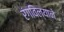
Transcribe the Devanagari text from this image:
रंगविल्याने